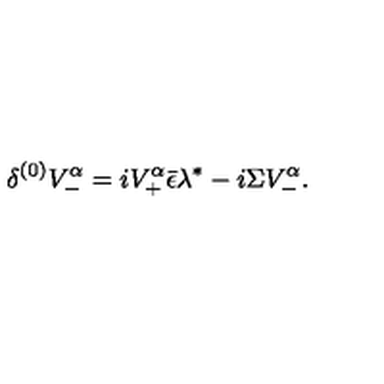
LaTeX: { \delta ^ { ( 0 ) } V _ { - } ^ { \alpha } = i V _ { + } ^ { \alpha } \bar { \epsilon } \lambda ^ { * } - i \Sigma V _ { - } ^ { \alpha } . }